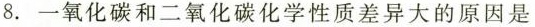
8.一氧化碳和二氧化碳化学性质差异大的原因是